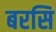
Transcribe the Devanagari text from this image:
बरसि